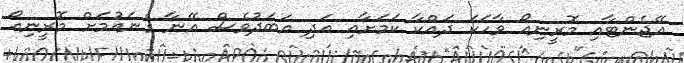
އޭޖެންޓާއި މޮރީނިއޯ ވާހަކަ ދައްކާ ކަމަށާއި އަދި އަބަދުވެސް އޭނާ ގެނައުމަށް މޮރީނިއޯ